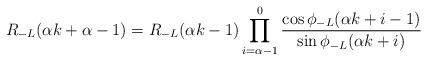
LaTeX: \begin{align*} R_{-L}(\alpha k+\alpha-1)=R_{-L}(\alpha k-1)\prod_{i=\alpha-1}^0\frac{\cos\phi_{-L}(\alpha k+i-1)}{\sin\phi_{-L}(\alpha k+i)}\end{align*}